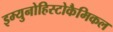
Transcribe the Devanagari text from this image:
इम्युनोहिस्टोकैमिकल